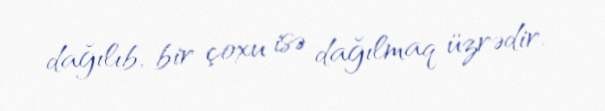
dağılıb, bir çoxu isə dağılmaq üzrədir.